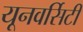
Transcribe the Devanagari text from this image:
यूनवर्सिटी